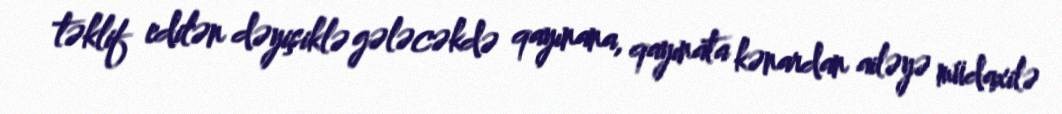
təklif edilən dəyişiklə gələcəkdə qayınana, qayınata kənardan ailəyə müdaxilə